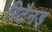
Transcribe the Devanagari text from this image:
रिटैनड्